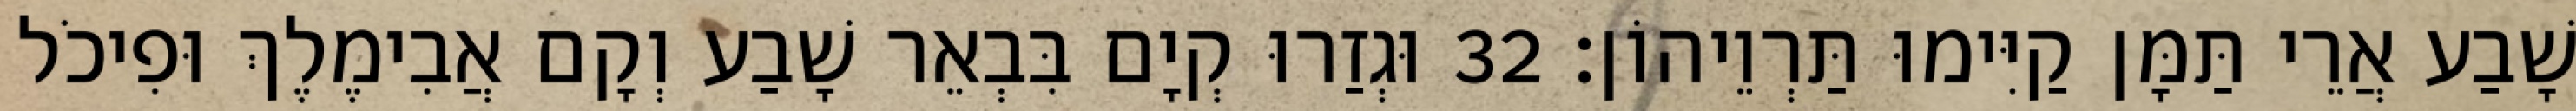
שָׁבַע אֲרֵי תַּמָּן קַיִּימוּ תַּרְוֵיהוֹן׃ 32 וּגְזַרוּ קְיָם בִּבְאֵר שָׁבַע וְקָם אֲבִימֶלֶךְ וּפִיכֹל